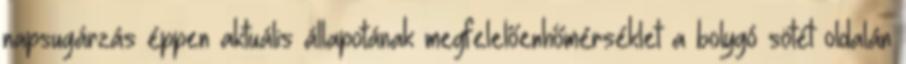
napsugárzás éppen aktuális állapotának megfelelőenhőmérséklet a bolygó sötét oldalán